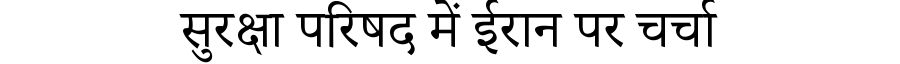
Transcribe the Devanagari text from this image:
सुरक्षा परिषद में ईरान पर चर्चा